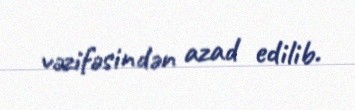
vəzifəsindən azad edilib.